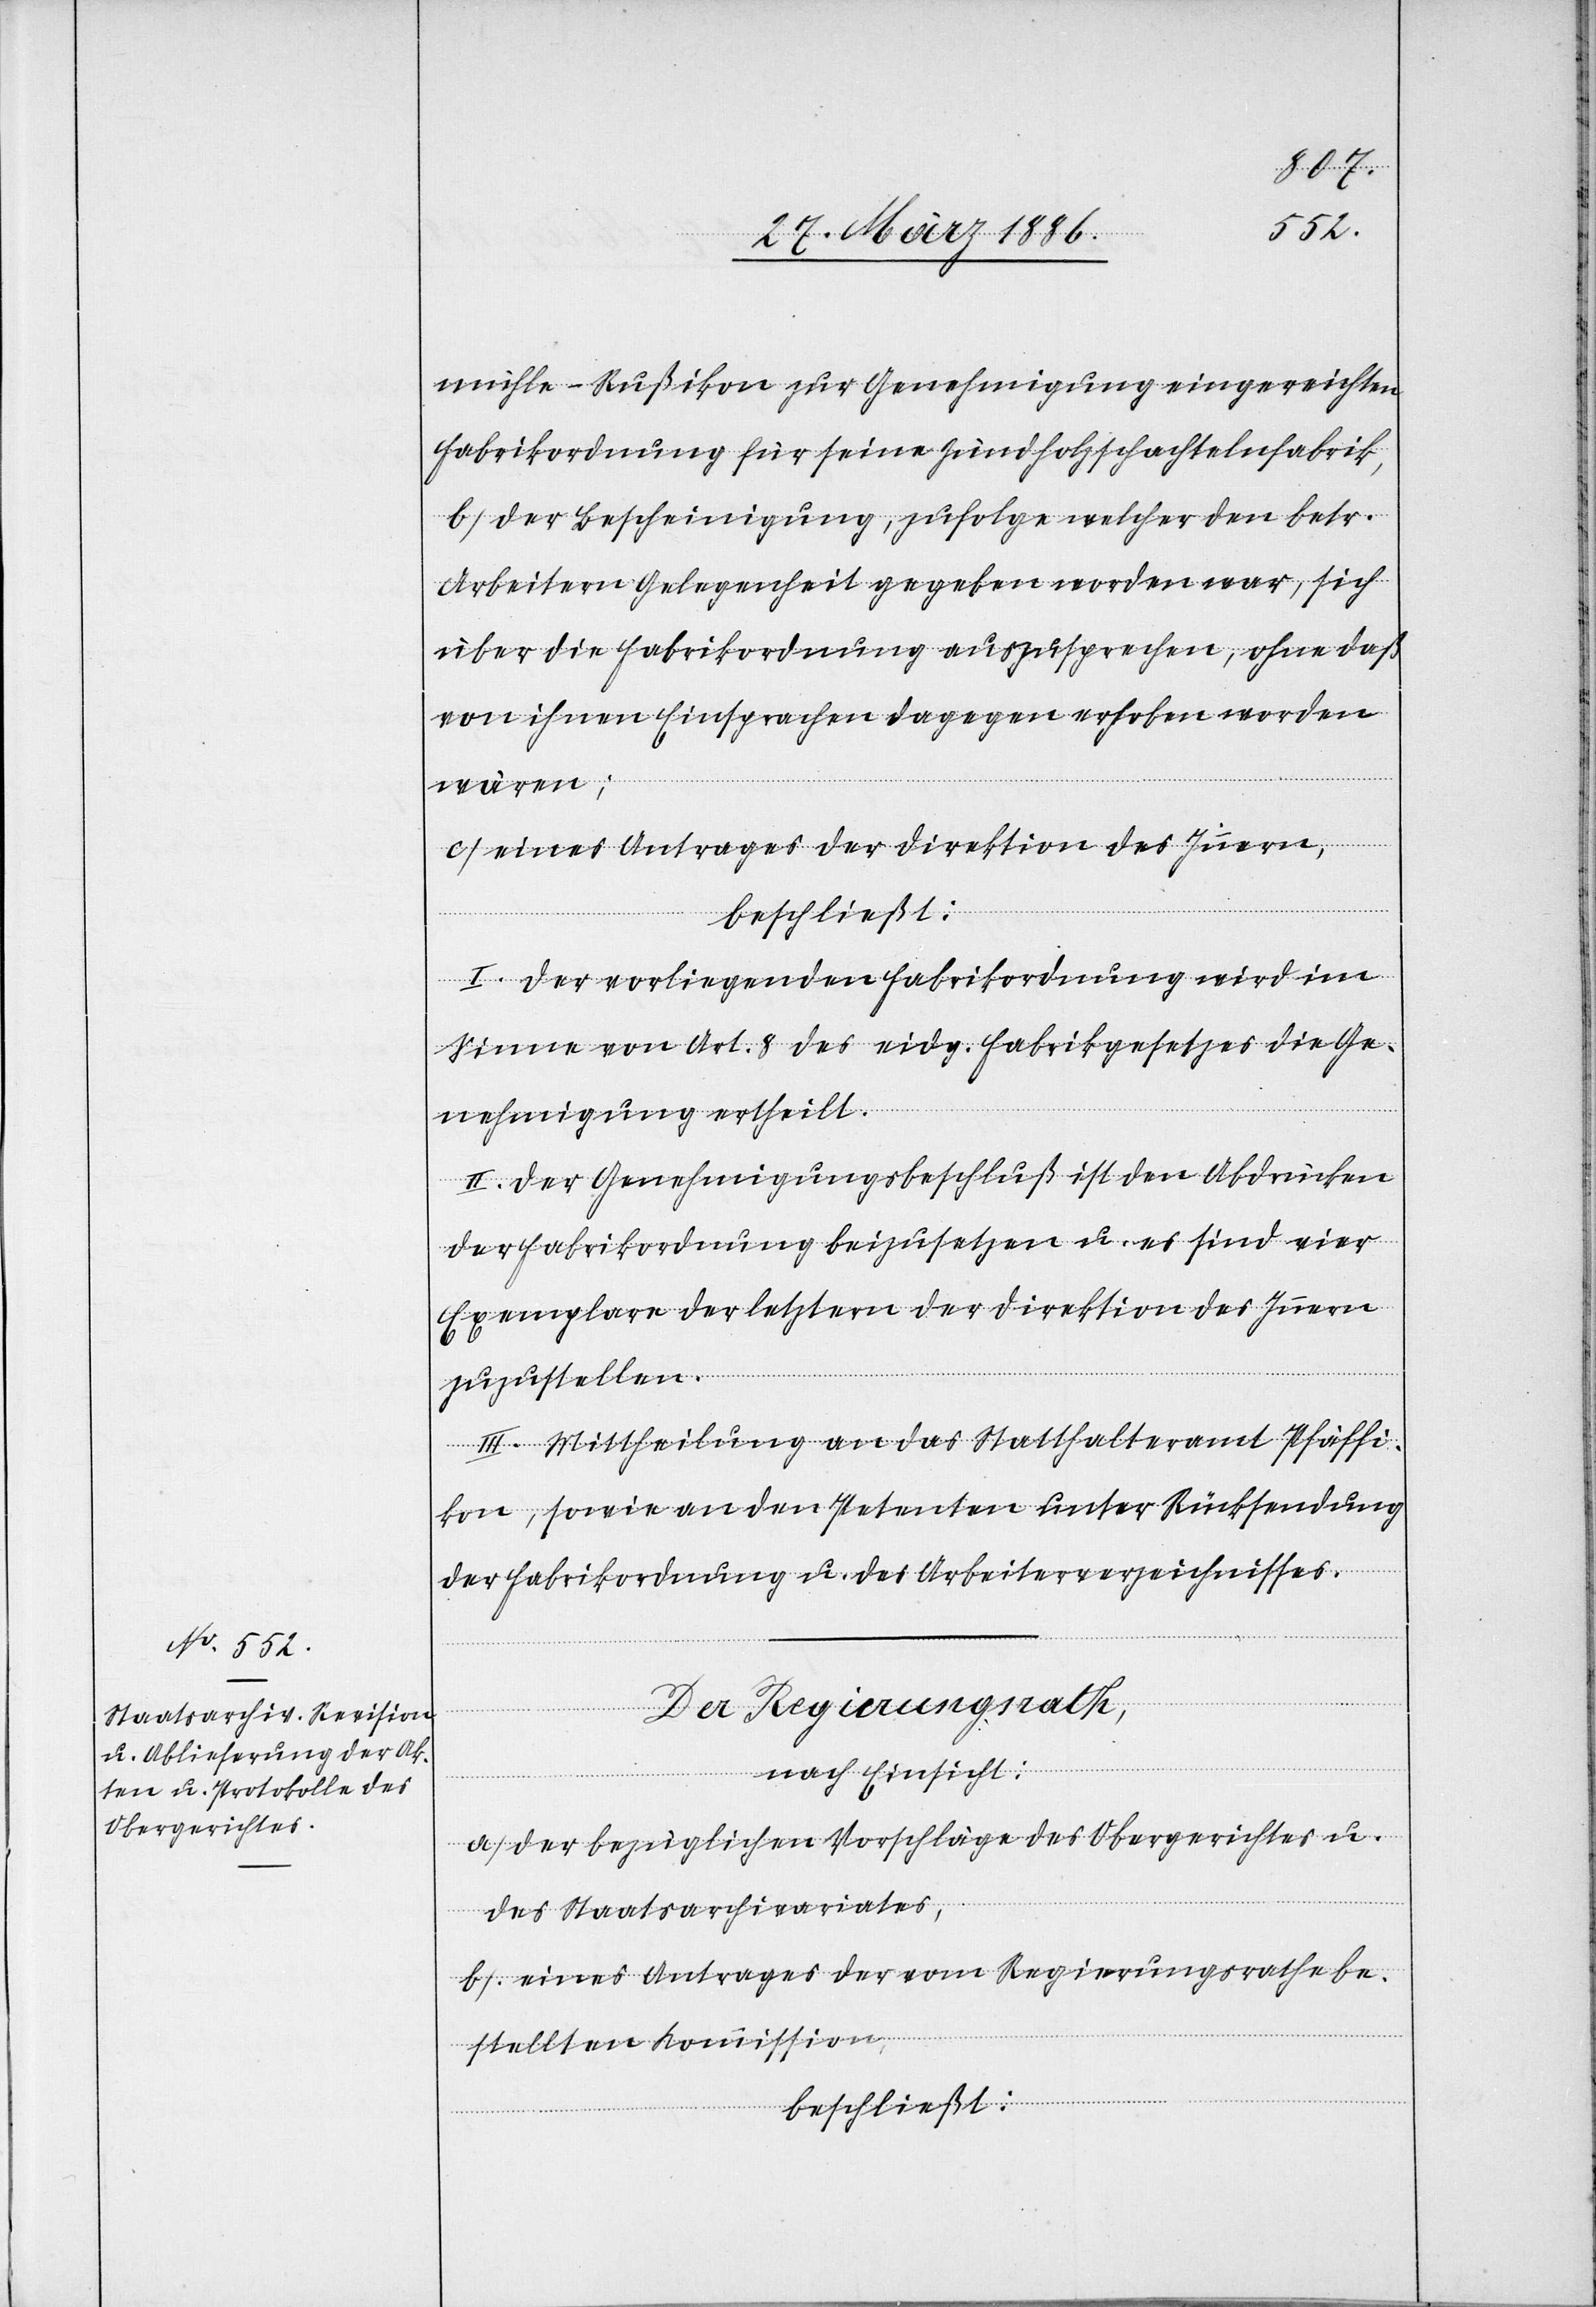
mühle - Rußikon zur Genehmigung eingereichten
Fabrikordnung für seine Zündholzschachtelfabrik,
b) Der Bescheinigung, zufolge welcher den betr.
Arbeitern Gelegenheit gegeben worden war, sich
über die Fabrikordnung auszusprechen, ohne daß
von ihnen Einsprachen dagegen erhoben worden
wären;
c) Eines Antrages der Direktion des Innern,
beschließt:
I. Der vorliegenden Fabrikordnung wird im
Sinne von Art. 8 des eidg. Fabrikgesetzes die Ge¬
nehmigung ertheilt.
II. Der Genehmigungsbeschluß ist den Abdrücken
der Fabrikordnung beizusetzen u. es sind vier
Exemplare der letztern der Direktion des Innern
zuzustellen.
III. Mittheilung an das Statthalteramt Pfäffi¬
kon, sowie an den Petenten unter Rücksendung
der Fabrikordnung u. des Arbeiterverzeichnisses.
Der Regierungsrath,
nach Einsicht:
a) Der Bezüglichen Vorschläge des Obergerichtes u.
des Staatsarchivariates,
b) Eines Antrages der vom Regierungsrathe be¬
stellten Kommission;
beschließt: